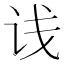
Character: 𬣡